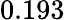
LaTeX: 0.193